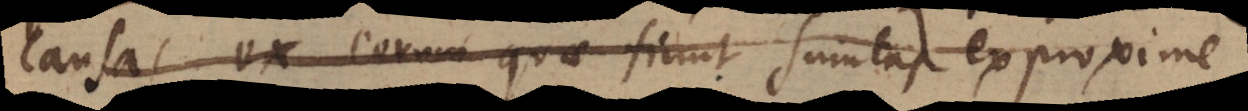
causas ex eorum quae fiunt sumtas ex proxime